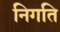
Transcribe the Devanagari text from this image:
निगति